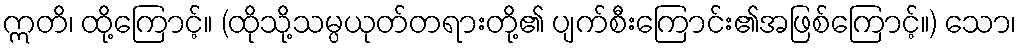
ဣတိ၊ ထို့ကြောင့်။ (ထိုသို့သမ္ပယုတ်တရားတို့၏ ပျက်စီးကြောင်း၏အဖြစ်ကြောင့်။) သော၊